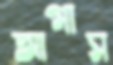
আগাস